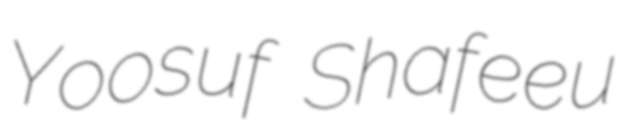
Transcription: Yoosuf Shafeeu